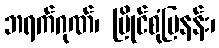
ဘရက်ဂုဏ်၊ မြိုင်စုံမြနန်း၊